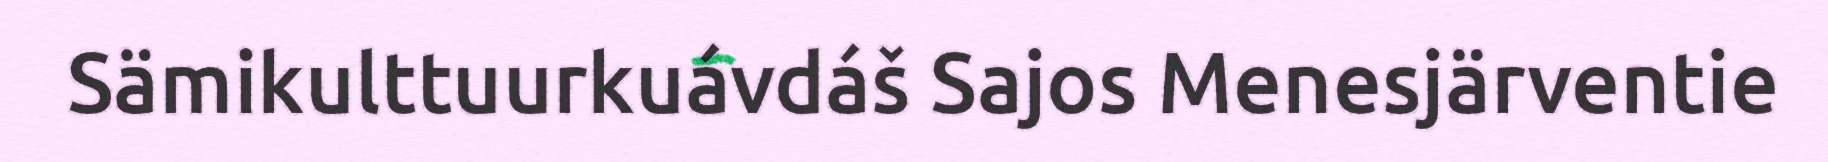
Sämikulttuurkuávdáš Sajos Menesjärventie